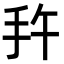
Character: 𭠕